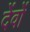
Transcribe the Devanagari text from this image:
देंवों